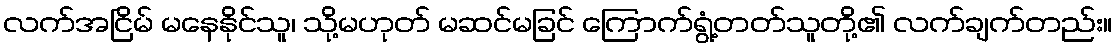
လက်အငြိမ် မနေနိုင်သူ၊ သို့မဟုတ် မဆင်မခြင် ကြောက်ရွံ့တတ်သူတို့၏ လက်ချက်တည်း။